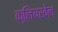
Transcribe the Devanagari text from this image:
क्लियरवेल